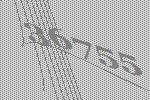
36755